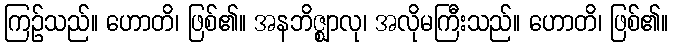
ကြဉ်သည်။ ဟောတိ၊ ဖြစ်၏။ အနဘိဇ္ဈာလု၊ အလိုမကြီးသည်။ ဟောတိ၊ ဖြစ်၏။